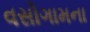
વસોગામના